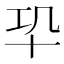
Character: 𠦕